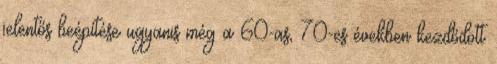
jelentős beépítése ugyanis még a 60-as, 70-es években kezdődött